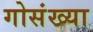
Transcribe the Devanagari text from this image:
गोसंख्या